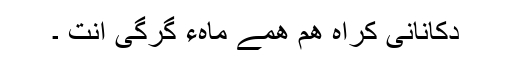
دُکانانی کِراہ ھم ھمے ماہءَ گِرگی اَنت ۔